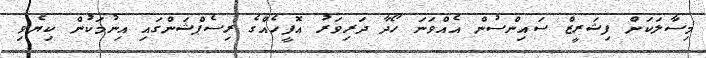
މިސާލަކަށް ފިޝަރީޒް ސައިންސުން އެއްވަނަ ހޯދާ ދަރިވަރު އޮފީހެއްގެ ރިސެޕްޝަންގައި އިނުމަކުން ކިޔެވި